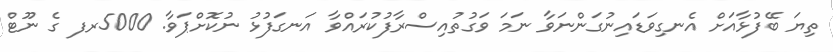
ތިޔަ ބޭފުޅާއަށް އެނގިވަޑައިނުގަންނަވާ ނަމަ ވަގުތުއިސްރާފުކުރައްވާ އަނގަފުޅު ނުކޮށްޕަވާ. 5000ރފ ގެ ނޫޓް